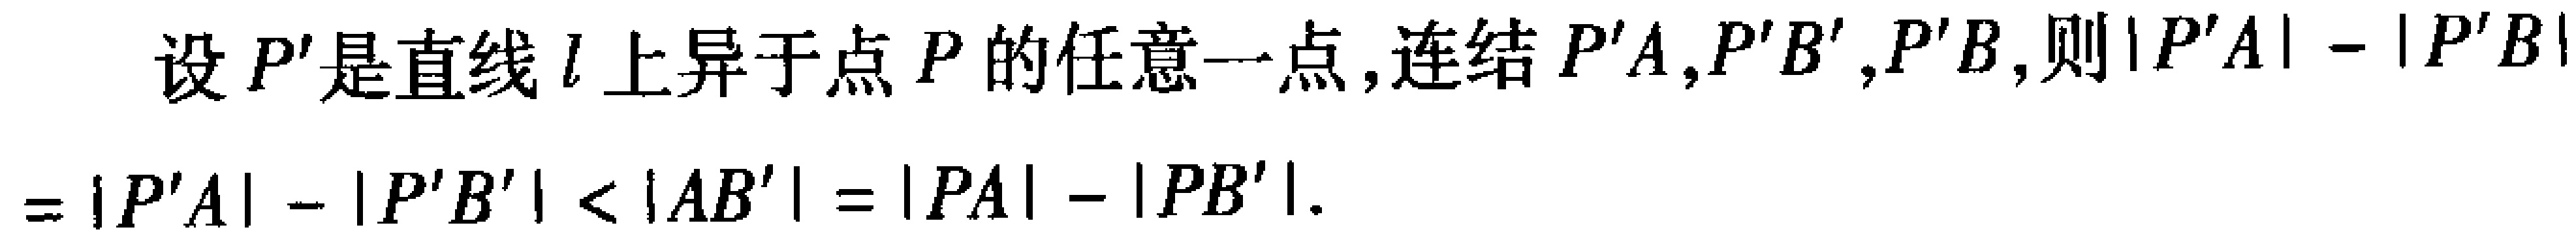
设 \(P'\) 是直线 \(l\) 上异于点 \(P\) 的任意一点, 连结 \(P'A,P'B',P'B,\) 则 \(|P'A|-|P'B|\)
\(=|P'A|-|P'B'|<|AB'|=|PA|-|PB'|\).